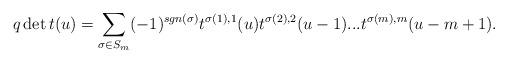
LaTeX: \begin{align*} q\det t(u)= \sum_{\sigma\in S_m}(-1)^{sgn(\sigma)}t^{\sigma(1),1}(u)t^{\sigma(2),2}(u-1) ... t^{\sigma(m),m}(u-m+1).\end{align*}